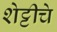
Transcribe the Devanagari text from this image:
शेट्टीचे